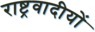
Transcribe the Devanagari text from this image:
राष्ट्रवादीयों